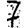
Digit: 7